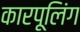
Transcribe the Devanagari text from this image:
कारपूलिंग